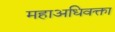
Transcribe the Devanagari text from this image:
महाअधिवक्ता